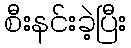
စီးနင်းခဲ့ပြီး